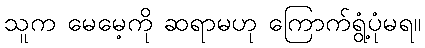
သူက မေမေ့ကို ဆရာမဟု ကြောက်ရွံ့ပုံမရ။